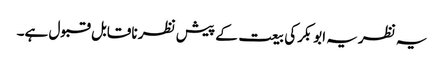
یہ نظریہ ابوبکرکی بیعت کے پیش نظر ناقابل قبول ہے۔